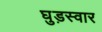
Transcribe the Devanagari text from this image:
घुड़स्वार